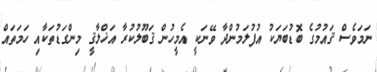
ނަމަވެސް ޤައުމުގެ ބޮޑުބަޔަކު އުފުލަމުންދާ ވޭނަކީ އެމީހުން ޤަބޫލުކުރާ އަޚްލާޤީ މިންގަޑުތަކާއި ހަމަތައް